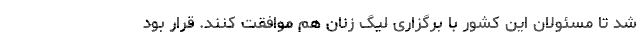
شد تا مسئولان این کشور با برگزاری لیگ زنان هم موافقت کنند. قرار بود